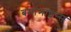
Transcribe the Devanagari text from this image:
बर्मामाइन्स